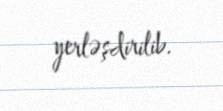
yerləşdirilib.